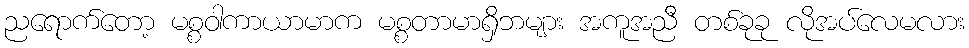
ညရောက်တော့ မစ္စဝါကာယာမာက မစ္စတာမာရှိဘများ အကူအညီ တစ်ခုခု လိုအပ်လေမလား